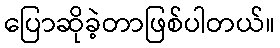
ပြောဆိုခဲ့တာဖြစ်ပါတယ်။